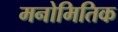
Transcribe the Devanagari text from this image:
मनोमितिक